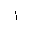
Letter: _alif